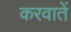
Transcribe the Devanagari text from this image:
करवातें